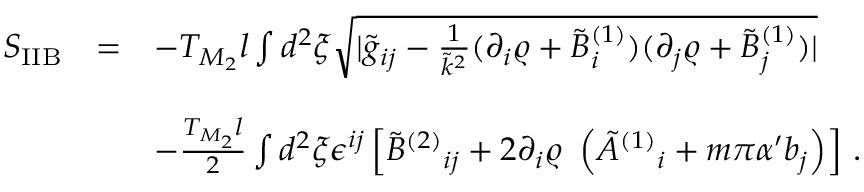
\begin{array} { r c l } { { S _ { \mathrm { I I B } } } } & { { = } } & { { - T _ { M _ { 2 } } l \int d ^ { 2 } \xi \sqrt { | { \tilde { g } } _ { i j } - \frac { 1 } { { \tilde { k } } ^ { 2 } } ( \partial _ { i } \varrho + { \tilde { B } } _ { i } ^ { ( 1 ) } ) ( \partial _ { j } \varrho + { \tilde { B } } _ { j } ^ { ( 1 ) } ) | } } } \\ { { } } & { { } } & { { } } \\ { { } } & { { } } & { { - \frac { T _ { M _ { 2 } } l } { 2 } \int d ^ { 2 } \xi \epsilon ^ { i j } \left[ \tilde { B } ^ { ( 2 ) } { } _ { i j } + 2 \partial _ { i } \varrho \ \left( { \tilde { A } } ^ { ( 1 ) } { } _ { i } + m \pi \alpha ^ { \prime } b _ { j } \right) \right] \, . } } \end{array}